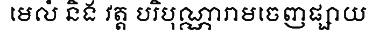
មេលំ និង វត្ត បរិបុណ្ណារាមចេញផ្សាយ